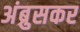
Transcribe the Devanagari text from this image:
अंब्रुसकर